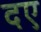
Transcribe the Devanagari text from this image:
दए